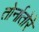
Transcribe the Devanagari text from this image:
तोर्नातोरे